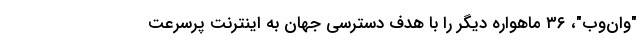
"وان‌وب"، ۳۶ ماهواره دیگر را با هدف دسترسی جهان به اینترنت پرسرعت